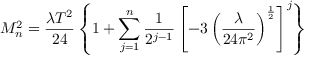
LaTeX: M _ { n } ^ { 2 } = \frac { \lambda T ^ { 2 } } { 2 4 } \left\{ 1 + \sum _ { j = 1 } ^ { n } \frac { 1 } { 2 ^ { j - 1 } } \left[ - 3 \left( \frac { \lambda } { 2 4 \pi ^ { 2 } } \right) ^ { \frac { 1 } { 2 } } \right] ^ { j } \right\}